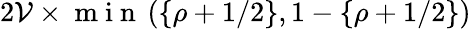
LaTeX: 2\mathcal{V}\times\mathrm{{~m~i~n~}}\left(\{ \rho+1/2\} ,1-\{ \rho+1/2\} \right)